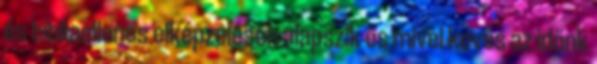
és bibliaellenes elképzelésen alapszik és mivel kevés az időnk